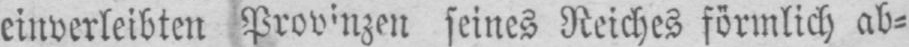
seines Reiches förmlich ab⸗